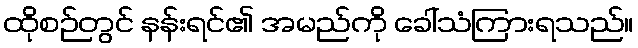
ထိုစဉ်တွင် နန်းရင်၏ အမည်ကို ခေါ်သံကြားရသည်။